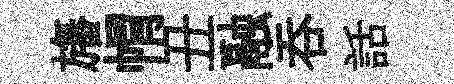
旛㡌丑融呑話